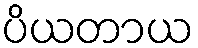
ပိယတာယ